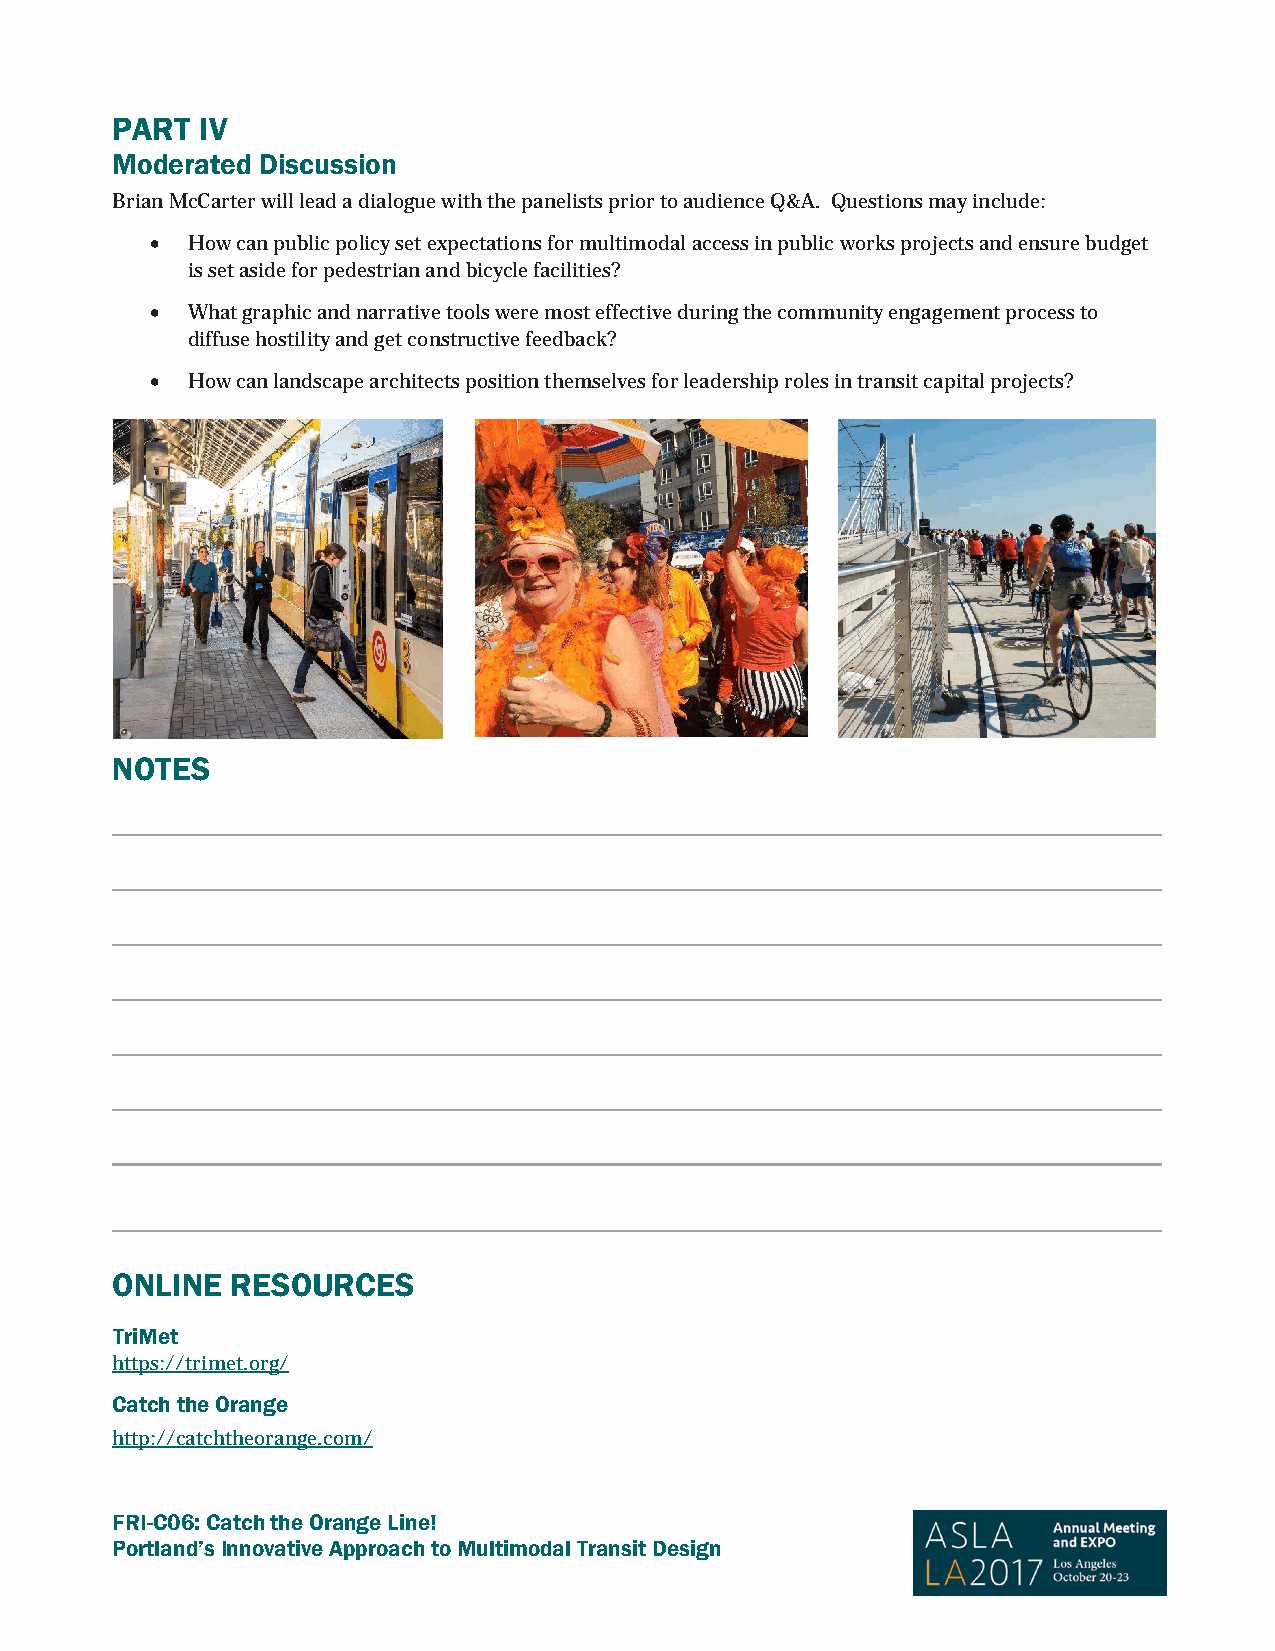
PART  IV
 Moderated Discussion
 Brian McCarter will lead a dialogue with the panelists prior to audience Q&A. Questions may include:
 • How can public policy set expectations for multimodal access in public works projects and ensure budget
 is set aside for pedestrian and bicycle facilities?
 • What graphic and narrative tools were most effective during the community engagement process to
 diffuse hostility and get constructive feedback?
 • How can landscape architects position themselves for leadership roles in transit capital projects?
 NOTES
 ONLINE  RESOURCES
 TriMet
 https://trimet.org/
 Catch the Orange
 http://catchtheorange.com/
 FRI-C06: Catch the Orange Line!
 Portland’s Innovative Approach to Multimodal Transit Design